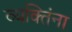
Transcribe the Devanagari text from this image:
व्यक्‍तिंना